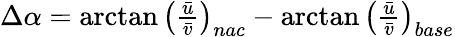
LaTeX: \begin{array}{r}{\Delta\alpha=\arctan\left(\frac{\bar{u}}{\bar{v}}\right)_{nac}-\arctan\left(\frac{\bar{u}}{\bar{v}}\right)_{base}}\end{array}